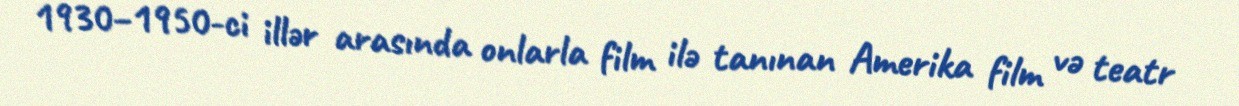
1930–1950-ci illər arasında onlarla film ilə tanınan Amerika film və teatr